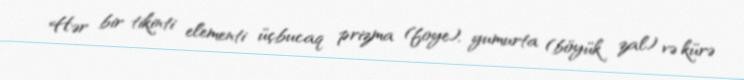
Hər bir tikinti elementi üçbucaq prizma (foye), yumurta (böyük zal) və kürə